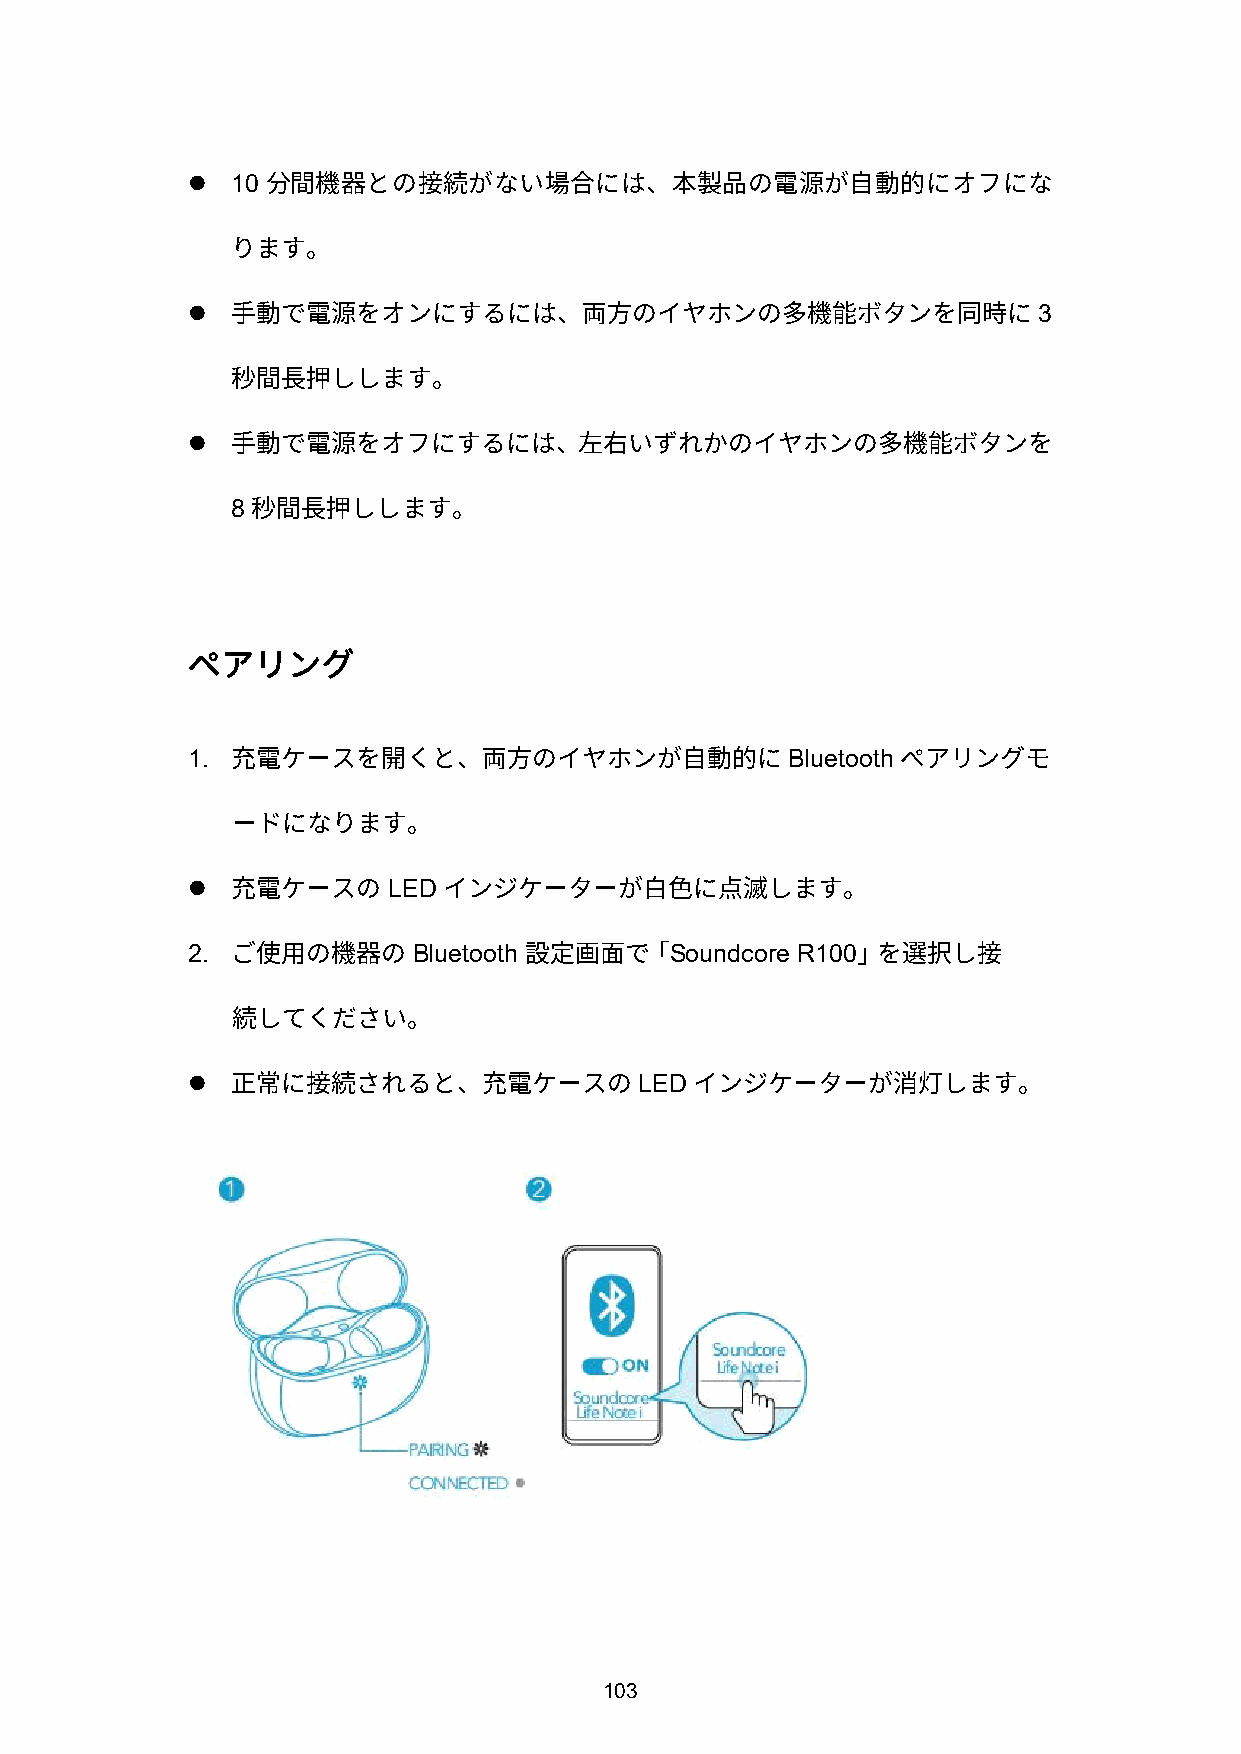
  10
 分間機器との接続がない場合には、本製品の電源が自動的にオフにな
 ります。
                                                         3
 手動で電源をオンにするには、両方のイヤホンの多機能ボタンを同時に
 秒間長押しします。
 
 手動で電源をオフにするには、左右いずれかのイヤホンの多機能ボタンを
 8
 秒間長押しします。
 ペアリング
 1.                                      Bluetooth
 充電ケースを開くと、両方のイヤホンが自動的に                       ペアリングモ
 ードになります。
              LED
 充電ケースの        インジケーターが白色に点滅します。
 2.             Bluetooth        Soundcore R100
 ご使用の機器の             設定画面で「                」を選択し接
 続してください。
                              LED
 正常に接続されると、充電ケースの               インジケーターが消灯します。
 103